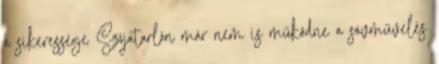
a sikeressége Szójatarlón már nem is működne a sávművelés